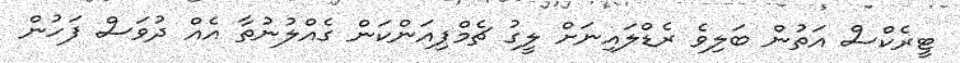
ޓީރެކްސް އަތުން ބަލިވެ ރެޑްލައިނަށް ލީގު ޗެމްޕިއަންކަން ގެއްލުނުތާ އެއް ދުވަސް ފަހުން